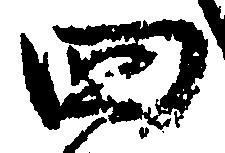
四